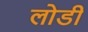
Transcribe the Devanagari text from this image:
लोडी